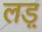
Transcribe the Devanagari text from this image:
लड़़